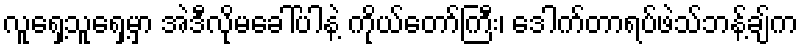
လူရှေ့သူရှေ့မှာ အဲဒီလိုမခေါ်ပါနဲ့ ကိုယ်တော်ကြီး၊ ဒေါက်တာရပ်ဖဲသ်ဘန့်ချ်က